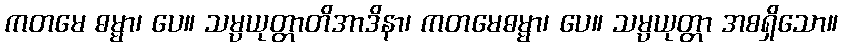
ကတမေ ဓမ္မာ၊ ပေ။ သမ္ပယုတ္တာတိအာဒိနာ၊ ကတမေဓမ္မာ၊ ပေ။ သမ္ပယုတ္တာ အစရှိသော။